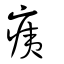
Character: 痍